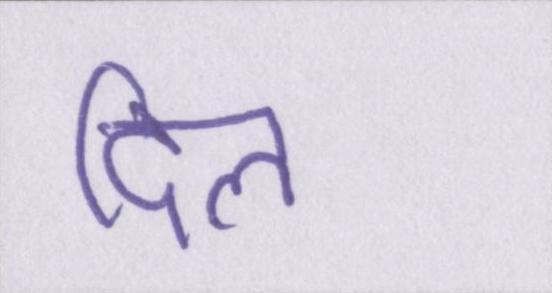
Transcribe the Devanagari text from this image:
दिल